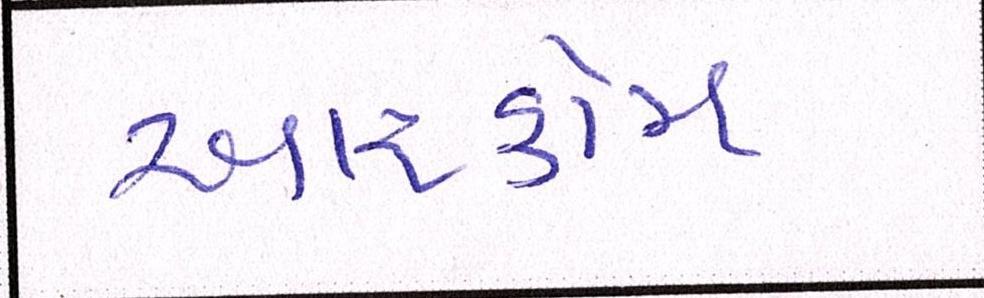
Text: આરકોમ